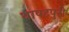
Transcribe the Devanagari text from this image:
थापटपुरी